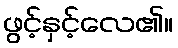
ဖွင့်နှင့်လေ၏။